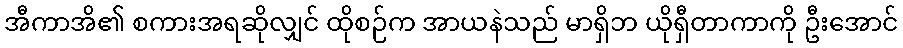
အီကာအိ၏ စကားအရဆိုလျှင် ထိုစဉ်က အာယနဲသည် မာရှိဘ ယိုရှီတာကာကို ဦးအောင်